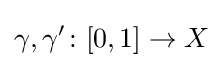
\gamma ,\gamma '\colon [0,1]\to X